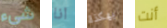
شيء انا بهكذا أنت